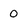
Character: 0